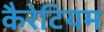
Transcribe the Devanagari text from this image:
कैरेटियम